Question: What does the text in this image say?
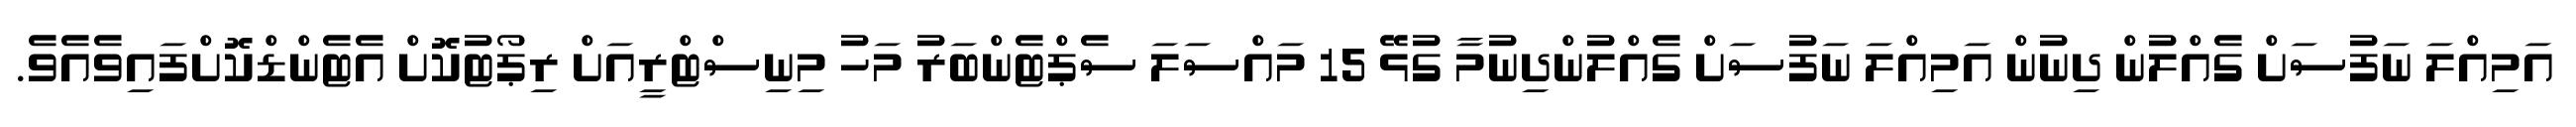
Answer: އަމިއްލަ ނަފުސަށް ގެއްލުން ދިނުން އަމިއްލަ ނަފުސަށް ގެއްލުންދިނުމާ ގުޅޭ 15 މައްސަލަ ސެޕްޓެންބަރު މަހު މިނިސްޓްރީއަށް ރިޕޯޓުކޮށް އެޓެންޑްކޮށްފައިވެއެވެ.